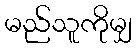
မည်သူကိုမျှ